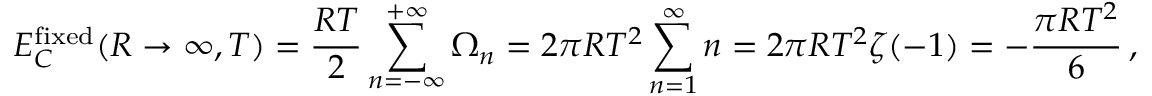
E _ { C } ^ { \mathrm { f i x e d } } ( R \to \infty , T ) = \frac { R T } { 2 } \sum _ { n = - \infty } ^ { + \infty } \Omega _ { n } = 2 \pi R T ^ { 2 } \sum _ { n = 1 } ^ { \infty } n = 2 \pi R T ^ { 2 } \zeta ( - 1 ) = - \frac { \pi R T ^ { 2 } } { 6 } \, { , }